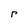
Character: r